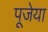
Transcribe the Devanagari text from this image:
पूजेया